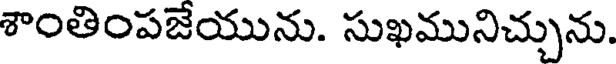
శాంతింపజేయును. సుఖమునిచ్చును.